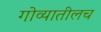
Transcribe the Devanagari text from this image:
गोव्यातीलच